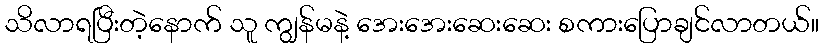
သိလာရပြီးတဲ့နောက် သူ ကျွန်မနဲ့ အေးအေးဆေးဆေး စကားပြောချင်လာတယ်။